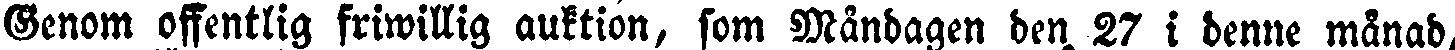
Genom offentlig friwillig auktion, som Måndagen den 27 i denne månad,